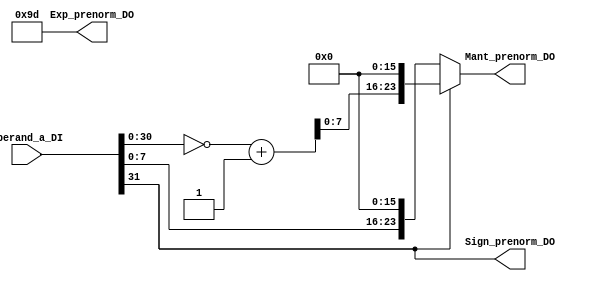
module fpu_itof (
	Operand_a_DI,
	Sign_prenorm_DO,
	Exp_prenorm_DO,
	Mant_prenorm_DO
);
parameter C_RM            = 2;
parameter C_RM_NEAREST    = 2'h0;
parameter C_RM_TRUNC      = 2'h1;
parameter C_RM_PLUSINF    = 2'h2;
parameter C_RM_MINUSINF   = 2'h3;
parameter C_PC            = 5;
parameter C_OP            = 32;
parameter C_MANT          = 23;
parameter C_EXP           = 8;
parameter C_BIAS          = 127;
parameter C_HALF_BIAS     = 63;
parameter C_LEADONE_WIDTH = 7;
parameter C_MANT_PRENORM  = C_MANT+1;
parameter C_EXP_ZERO      = 8'h00;
parameter C_EXP_ONE       = 8'h01;
parameter C_EXP_INF       = 8'hff;
parameter C_MANT_ZERO     = 23'h0;
parameter C_MANT_NAN      = 23'h400000;

parameter C_CMD               = 4;
parameter C_FPU_ADD_CMD       = 4'h0;
parameter C_FPU_SUB_CMD       = 4'h1;
parameter C_FPU_MUL_CMD       = 4'h2;
parameter C_FPU_DIV_CMD       = 4'h3;
parameter C_FPU_I2F_CMD       = 4'h4;
parameter C_FPU_F2I_CMD       = 4'h5;
parameter C_FPU_SQRT_CMD      = 4'h6;
parameter C_FPU_NOP_CMD       = 4'h7;
parameter C_FPU_FMADD_CMD     = 4'h8;
parameter C_FPU_FMSUB_CMD     = 4'h9;
parameter C_FPU_FNMADD_CMD    = 4'hA;
parameter C_FPU_FNMSUB_CMD    = 4'hB;
parameter C_RM_NEAREST_MAX = 3'h4;
parameter C_EXP_PRENORM  = C_EXP+2;
parameter C_MANT_ADDIN   = C_MANT+4;
parameter C_MANT_ADDOUT  = C_MANT+5;
parameter C_MANT_SHIFTIN = C_MANT+3;
parameter C_MANT_SHIFTED = C_MANT+4;
parameter C_MANT_INT     = C_OP-1;
parameter C_INF          = 32'h7fffffff;
parameter C_MINF         = 32'h80000000;
parameter C_EXP_SHIFT    = C_EXP_PRENORM;
parameter C_SHIFT_BIAS   = 9'd127;
parameter C_UNKNOWN      = 8'd157;
parameter C_PADMANT      = 16'b0;
parameter C_MANT_NoHB_ZERO   = 23'h0;
parameter C_MANT_PRENORM_IND = 6;
parameter F_QNAN         =32'h7FC00000;
	input wire [C_OP - 1:0] Operand_a_DI;
	output wire Sign_prenorm_DO;
	output wire signed [C_EXP_PRENORM - 1:0] Exp_prenorm_DO;
	output wire [C_MANT_PRENORM - 1:0] Mant_prenorm_DO;
	wire [C_OP - 1:0] Operand_a_D;
	wire Sign_int_D;
	wire Sign_prenorm_D;
	wire [C_MANT_INT - 1:0] Mant_int_D;
	wire [C_OP - 1:0] Temp_twos_to_unsigned_D;
	wire [C_MANT_PRENORM - 1:0] Mant_prenorm_D;
	wire Hb_a_D;
	wire signed [C_EXP_PRENORM - 1:0] Exp_prenorm_D;
	assign Operand_a_D = Operand_a_DI;
	assign Sign_int_D = Operand_a_D[C_OP - 1];
	assign Mant_int_D = Operand_a_D[C_MANT_INT - 1:0];
	wire Twos_to_unsigned_zero;
	assign Temp_twos_to_unsigned_D = ~Operand_a_D + 1'b1;
	wire Twos_to_unsigned_zero_D;
	assign Twos_to_unsigned_zero_D = ~(|Temp_twos_to_unsigned_D[C_MANT_INT - 1:0]);
	assign Sign_prenorm_D = Sign_int_D;
	assign Exp_prenorm_D = $signed({2'd0, C_UNKNOWN});
	assign Mant_prenorm_D = (Sign_int_D ? {Twos_to_unsigned_zero_D, Temp_twos_to_unsigned_D[C_MANT_INT - 1:0], C_PADMANT} : {1'b0, Mant_int_D, C_PADMANT});
	assign Sign_prenorm_DO = Sign_prenorm_D;
	assign Exp_prenorm_DO = Exp_prenorm_D;
	assign Mant_prenorm_DO = Mant_prenorm_D;
endmodule